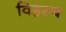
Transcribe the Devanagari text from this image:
विहस्य